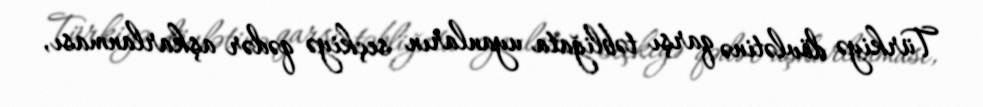
Türkiyə dövlətinə qarşı təbliğata uyanların seçkiyə qədər aşkarlanması,